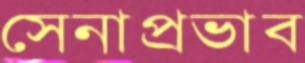
সেনাপ্রভাব